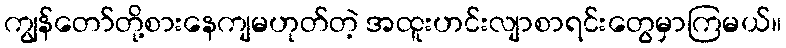
ကျွန်တော်တို့စားနေကျမဟုတ်တဲ့ အထူးဟင်းလျာစာရင်းတွေမှာကြမယ်။